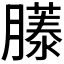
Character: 𫆹